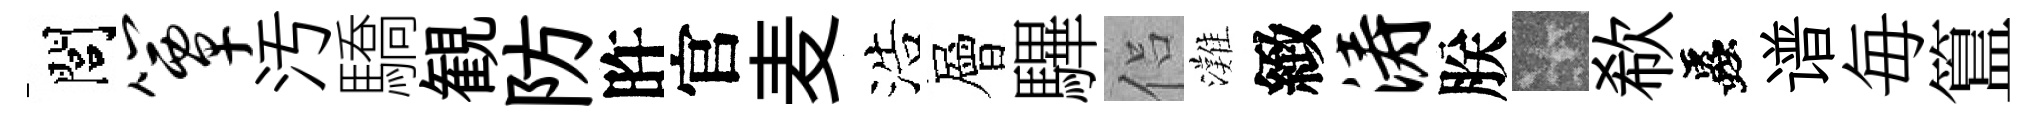
閭簟汚驕観防旿官麦浩層驆侣灘緻涛朕卡欷蟲谱毎簋